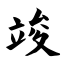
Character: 竣